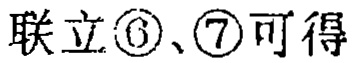
联立\textcircled{6}、\textcircled{7}可得